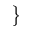
\}